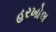
હરખોલ